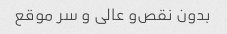
بدون نقص‌و عالی و سر موقع